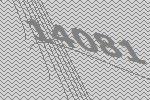
14081